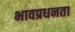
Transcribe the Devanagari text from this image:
भावप्रधनता